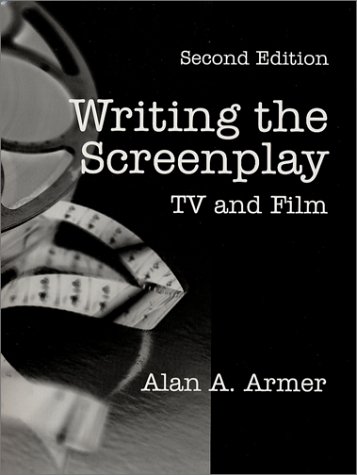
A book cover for Writing the Screenplay: TV and Film, 2/E; Alan A. Armer; Humor & Entertainment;